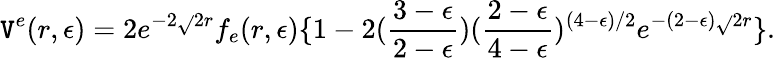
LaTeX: \mathtt{V}^{e}(r,\epsilon)=2e^{-2\sqrt{}{2}r}f_{e}(r,\epsilon)\{ 1-2({\frac{{3-\epsilon}}{{2-\epsilon}}})({\frac{{2-\epsilon}}{{4-\epsilon}}})^{(4-\epsilon)/2}e^{-(2-\epsilon)\sqrt{}{2}r}\} .